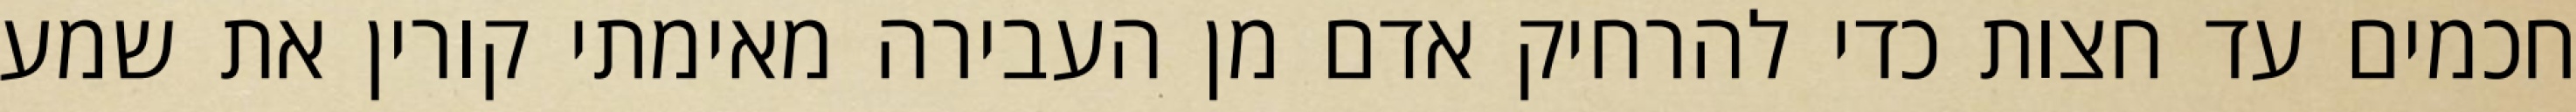
חכמים עד חצות כדי להרחיק אדם מן העבירה מאימתי קורין את שמע